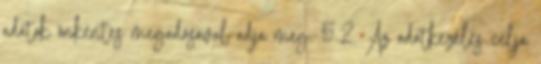
adatok önkéntes megadásával adja meg. 5.2. Az adatkezelés célja